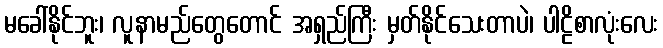
မခေါ်နိုင်ဘူး၊ လူနာမည်တွေတောင် အရှည်ကြီး မှတ်နိုင်သေးတာပဲ၊ ပါဠိစာလုံးလေး